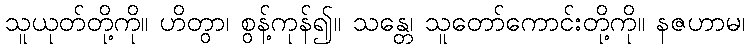
သူယုတ်တို့ကို။ ဟိတွာ၊ စွန့်ကုန်၍။ သန္တေ၊ သူတော်ကောင်းတို့ကို။ နဇဟာမ၊